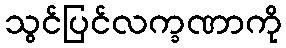
သွင်ပြင်လက္ခဏာကို